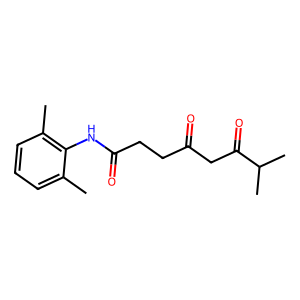
SMILES: Cc1cccc(C)c1NC(=O)CCC(=O)CC(=O)C(C)C
Inhibits HIV replication: No